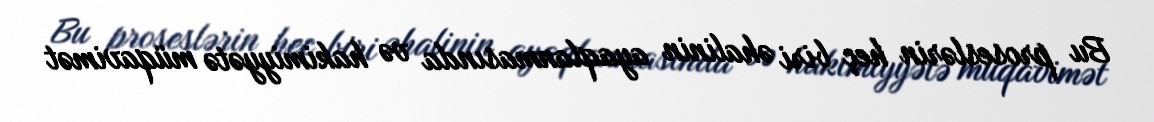
Bu proseslərin heç biri əhalinin ayaqlanmasında və hakimiyyətə müqavimət